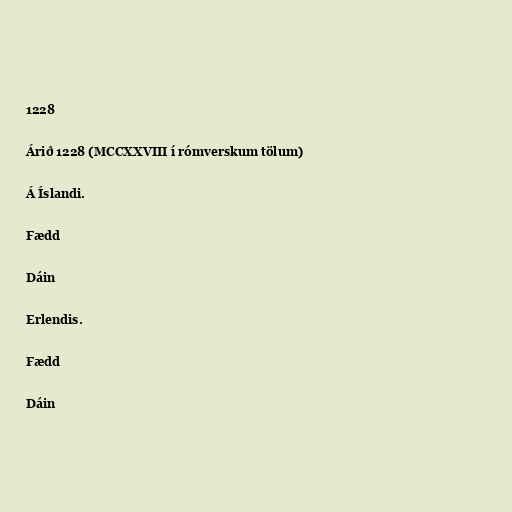
1228

Árið 1228 (MCCXXVIII í rómverskum tölum)

Á Íslandi.

Fædd

Dáin

Erlendis.

Fædd

Dáin